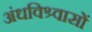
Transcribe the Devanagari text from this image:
अंधविश्र्वासों